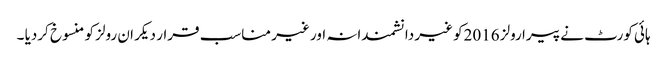
ہائی کورٹ نے پیرا رولز 2016کو غیر دانشمندانہ اور غیر مناسب قرار دیکر ان رولز کو منسوخ کردیا ۔